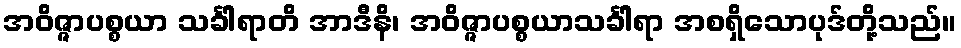
အဝိဇ္ဇာပစ္စယာ သင်္ခါရာတိ အာဒီနိ၊ အဝိဇ္ဇာပစ္စယာသင်္ခါရာ အစရှိသောပုဒ်တို့သည်။